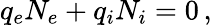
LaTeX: q_{e}N_{e}+q_{i}N_{i}=0\, ,